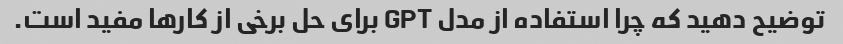
توضیح دهید که چرا استفاده از مدل GPT برای حل برخی از کارها مفید است.